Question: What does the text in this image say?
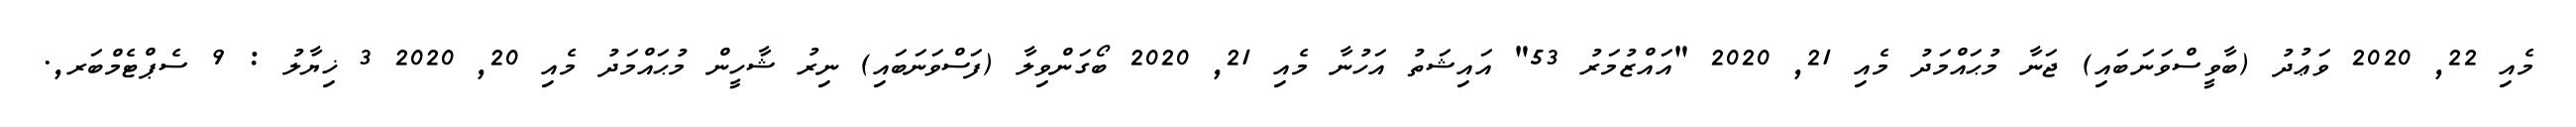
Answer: މެއި 22, 2020 ވަޢުދު (ބާވީސްވަނަބައި) ޖަނާ މުޙައްމަދު މެއި 21, 2020 "އައްޒުމަރު 53" އައިޝަތު އަހުނާ މެއި 21, 2020 ބޯގަންވިލާ (ފަސްވަނަބައި) ނިރު ޝާހީން މުޙައްމަދު މެއި 20, 2020 3 ޚިޔާލު : 9 ސެޕްޓެމްބަރ,.